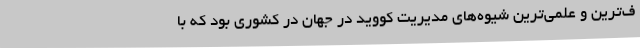
ف‌ترین و علمی‌ترین شیوه‌های مدیریت کووید در جهان در کشوری بود که با